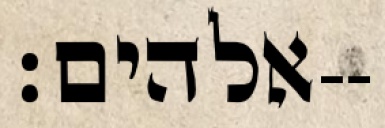
אלהים׃--